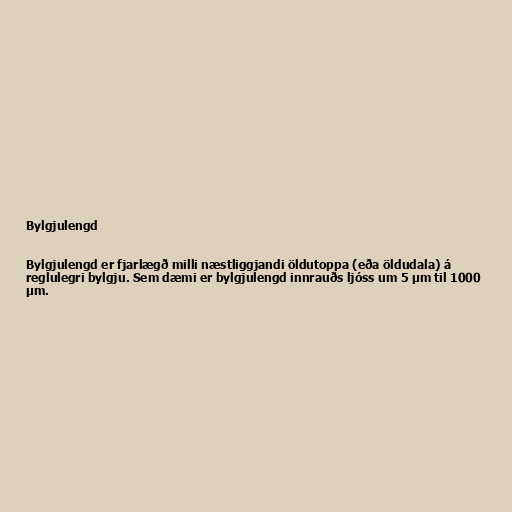
Bylgjulengd

Bylgjulengd er fjarlægð milli næstliggjandi öldutoppa (eða öldudala) á
reglulegri bylgju. Sem dæmi er bylgjulengd innrauðs ljóss um 5 µm til 1000
µm.